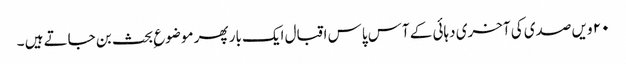
۲۰ ویں صدی کی آخری دہائی کے آس پاس اقبال ایک بار پھر موضوع ِبحث بن جاتے ہیں ۔